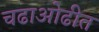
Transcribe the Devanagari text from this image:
चढाओढीत